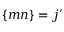
\left\{ m n \right\} = j { ' }